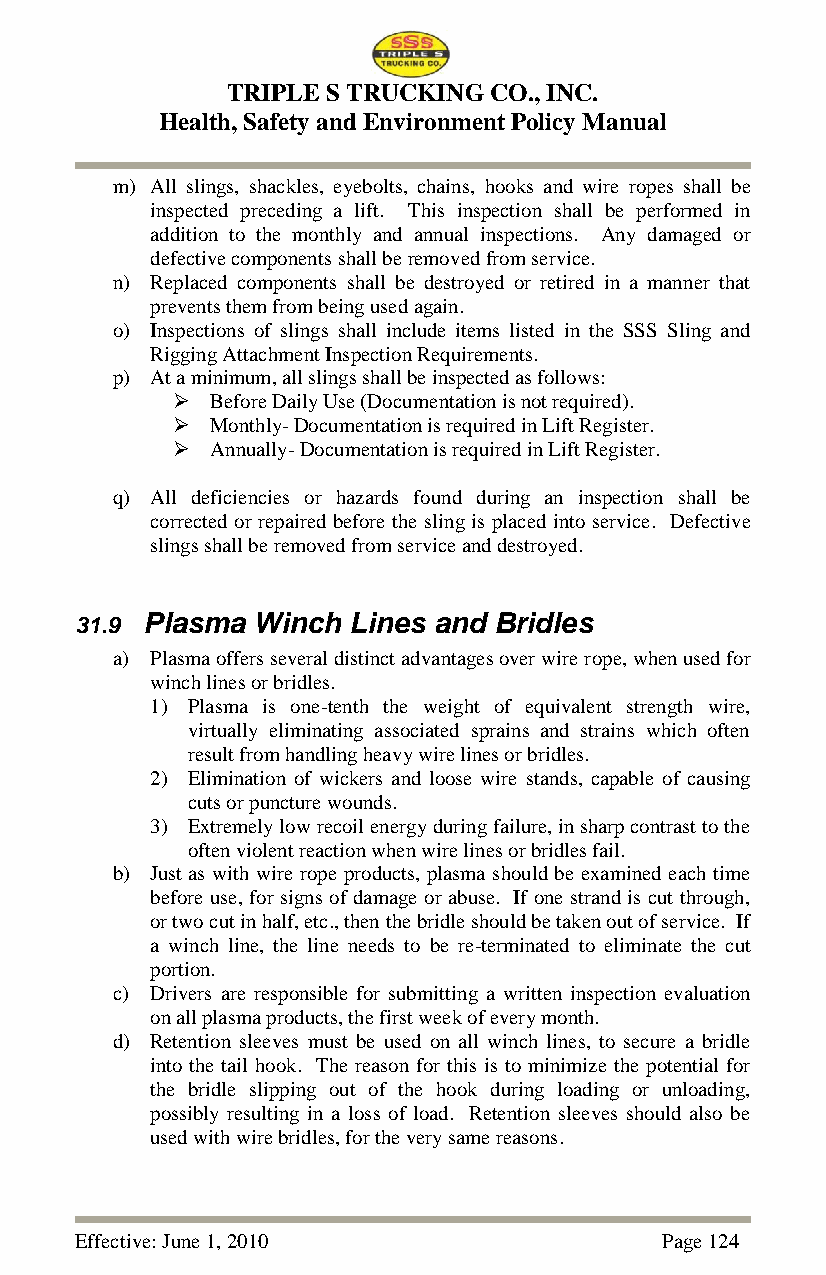
TRIPLE S TRUCKING CO., INC.
 Health, Safety and Environment Policy Manual
 m) All slings, shackles, eyebolts, chains, hooks and wire ropes shall be
 inspected preceding a lift. This inspection shall be performed in
 addition to the monthly and annual inspections. Any damaged or
 defective components shall be removed from service.
 n) Replaced components shall be destroyed or retired in a manner that
 prevents them from being used again.
 o) Inspections of slings shall include items listed in the SSS Sling and
 Rigging Attachment Inspection Requirements.
 p) At a minimum, all slings shall be inspected as follows:
   Before Daily Use (Documentation is not required).
   Monthly- Documentation is required in Lift Register.
   Annually- Documentation is required in Lift Register.
 q) All deficiencies or hazards found during an inspection shall be
 corrected or repaired before the sling is placed into service. Defective
 slings shall be removed from service and destroyed.
 31.9 Plasma Winch Lines and Bridles
 a) Plasma offers several distinct advantages over wire rope, when used for
 winch lines or bridles.
 1) Plasma is one-tenth the weight of equivalent strength wire,
 virtually eliminating associated sprains and strains which often
 result from handling heavy wire lines or bridles.
 2) Elimination of wickers and loose wire stands, capable of causing
 cuts or puncture wounds.
 3) Extremely low recoil energy during failure, in sharp contrast to the
 often violent reaction when wire lines or bridles fail.
 b) Just as with wire rope products, plasma should be examined each time
 before use, for signs of damage or abuse. If one strand is cut through,
 or two cut in half, etc., then the bridle should be taken out of service. If
 a winch line, the line needs to be re-terminated to eliminate the cut
 portion.
 c) Drivers are responsible for submitting a written inspection evaluation
 on all plasma products, the first week of every month.
 d) Retention sleeves must be used on all winch lines, to secure a bridle
 into the tail hook. The reason for this is to minimize the potential for
 the bridle slipping out of the hook during loading or unloading,
 possibly resulting in a loss of load. Retention sleeves should also be
 used with wire bridles, for the very same reasons.
 Effective: June 1, 2010                Page 124